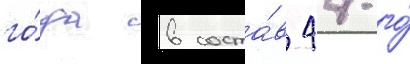
го́да в соста́в 44-го́